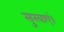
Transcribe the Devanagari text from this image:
सुखाएं।